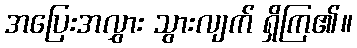
အပြေးအလွှား သွားလျက် ရှိကြ၏။